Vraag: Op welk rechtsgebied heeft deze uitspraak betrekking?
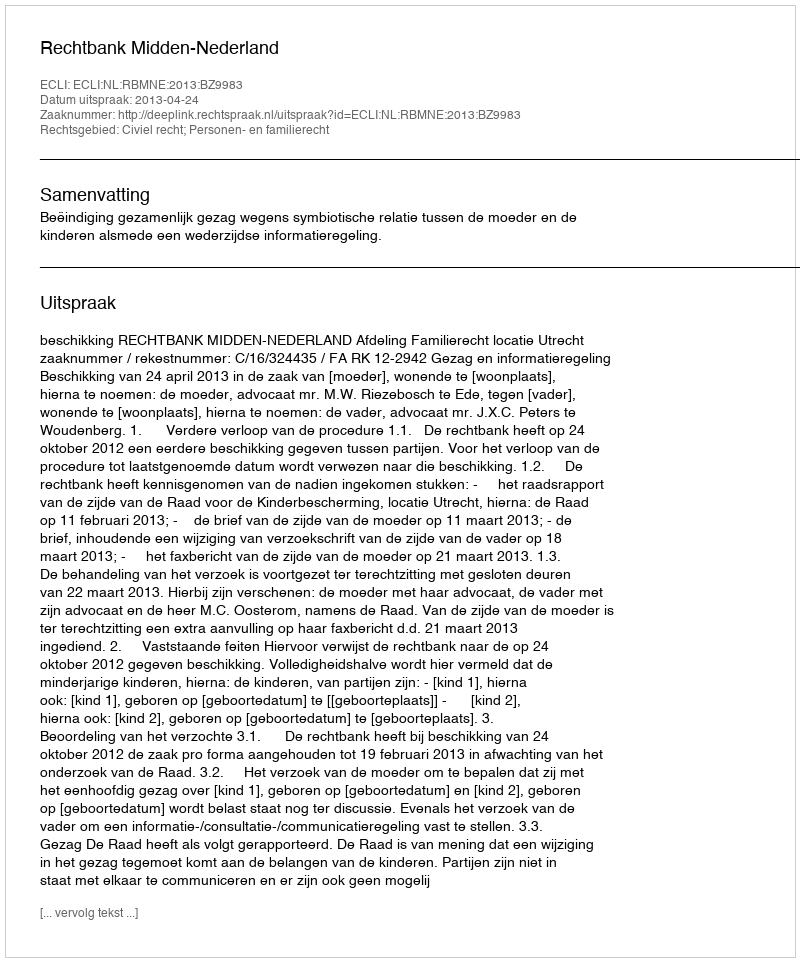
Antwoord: Civiel recht; Personen- en familierecht